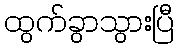
ထွက်ခွာသွားပြီ